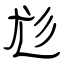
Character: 尨